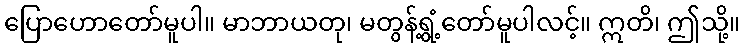
ပြောဟောတော်မူပါ။ မာဘာယတု၊ မတွန့်ရွံ့တော်မူပါလင့်။ ဣတိ၊ ဤသို့။